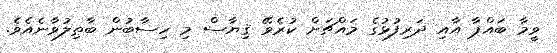
ވީމާ ބައްޕާ އާއި ދަރިފުޅުގެ މައްޗަށް ކުރެވޭ ޤިޔާސް މި ހިސާބުން ބާޠިލުވާނެއެވެ.